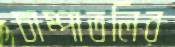
চাম্পাতলির